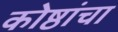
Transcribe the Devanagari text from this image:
कोष्ठांचा